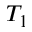
T _ { 1 }